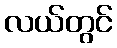
လယ်တွင်